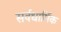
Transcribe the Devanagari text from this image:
सर्वधार्मिक